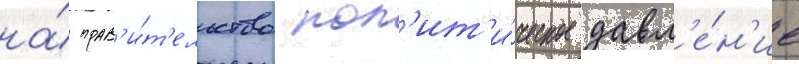
на́ прав'и́т'ельство пол'ит'и́ческое давл'е́н'ие